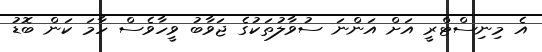
އެ މިނިސްޓްރީ އަށް އަންނަ ސުވާލުތަކުގެ ޖަވާބު ވީހާވެސް ހާމަ ކަން ބޮޑު